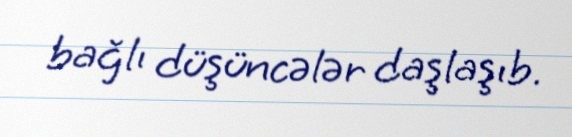
bağlı düşüncələr daşlaşıb.